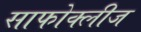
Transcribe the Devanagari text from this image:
साफोक्लीज